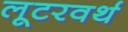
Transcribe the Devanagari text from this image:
लूटरवर्थ